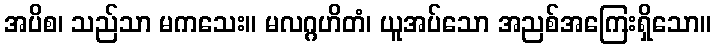
အပိစ၊ သည်သာ မကသေး။ မလဂ္ဂဟိတံ၊ ယူအပ်သော အညစ်အကြေးရှိသော။